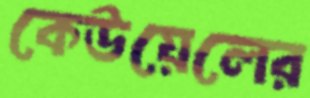
কেউয়েলের